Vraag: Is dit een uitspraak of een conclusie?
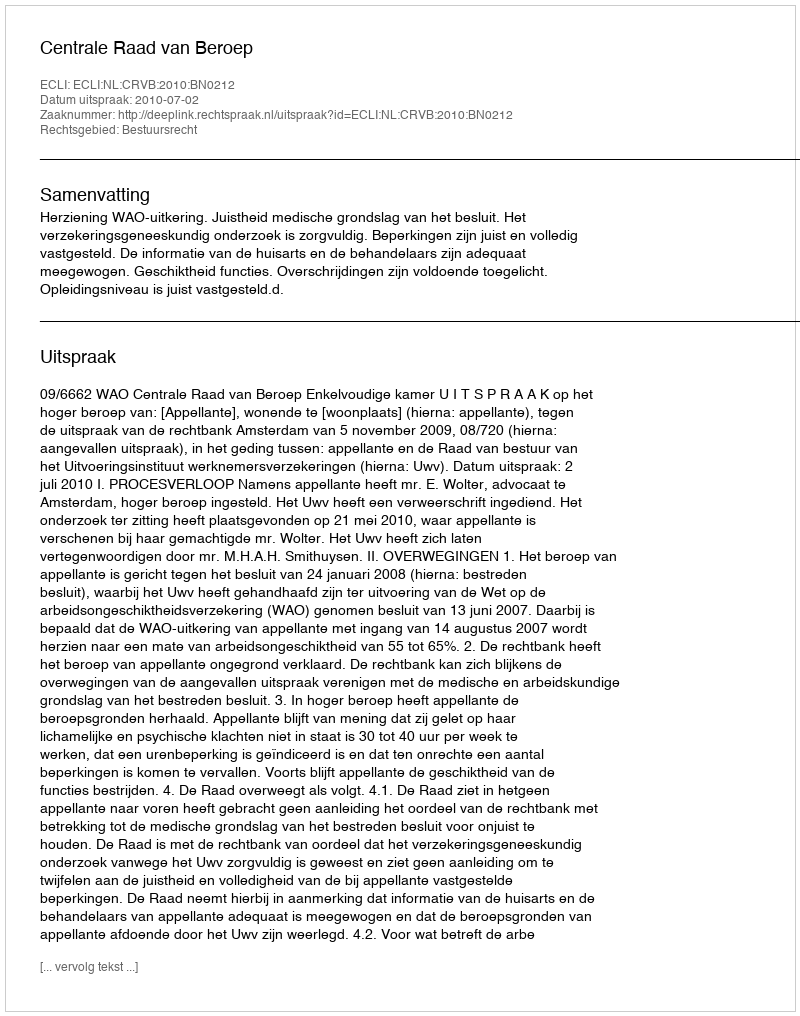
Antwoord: Uitspraak